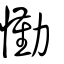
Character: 懄